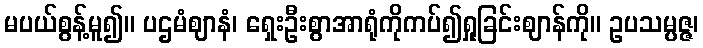
မပယ်စွန့်မူ၍။ ပဌမံဈာနံ၊ ရှေးဦးစွာအာရုံကိုကပ်၍ရှုခြင်းဈာန်ကို။ ဥပသမ္ပဇ္ဇ၊